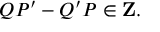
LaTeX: Q P ^ { \prime } - Q ^ { \prime } P \in { \bf Z } .